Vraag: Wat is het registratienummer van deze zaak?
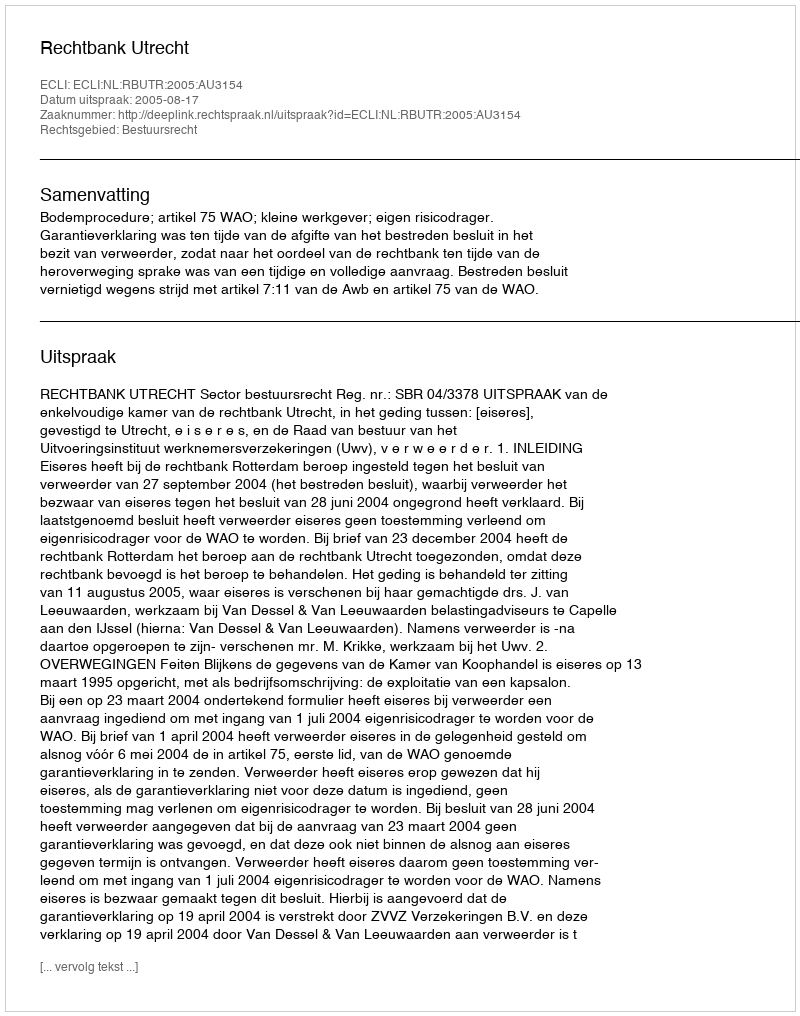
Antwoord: http://deeplink.rechtspraak.nl/uitspraak?id=ECLI:NL:RBUTR:2005:AU3154